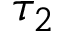
\tau _ { 2 }